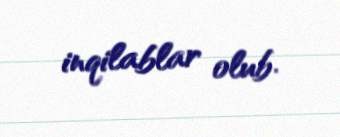
inqilablar olub.